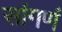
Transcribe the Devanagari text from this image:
सांगणं